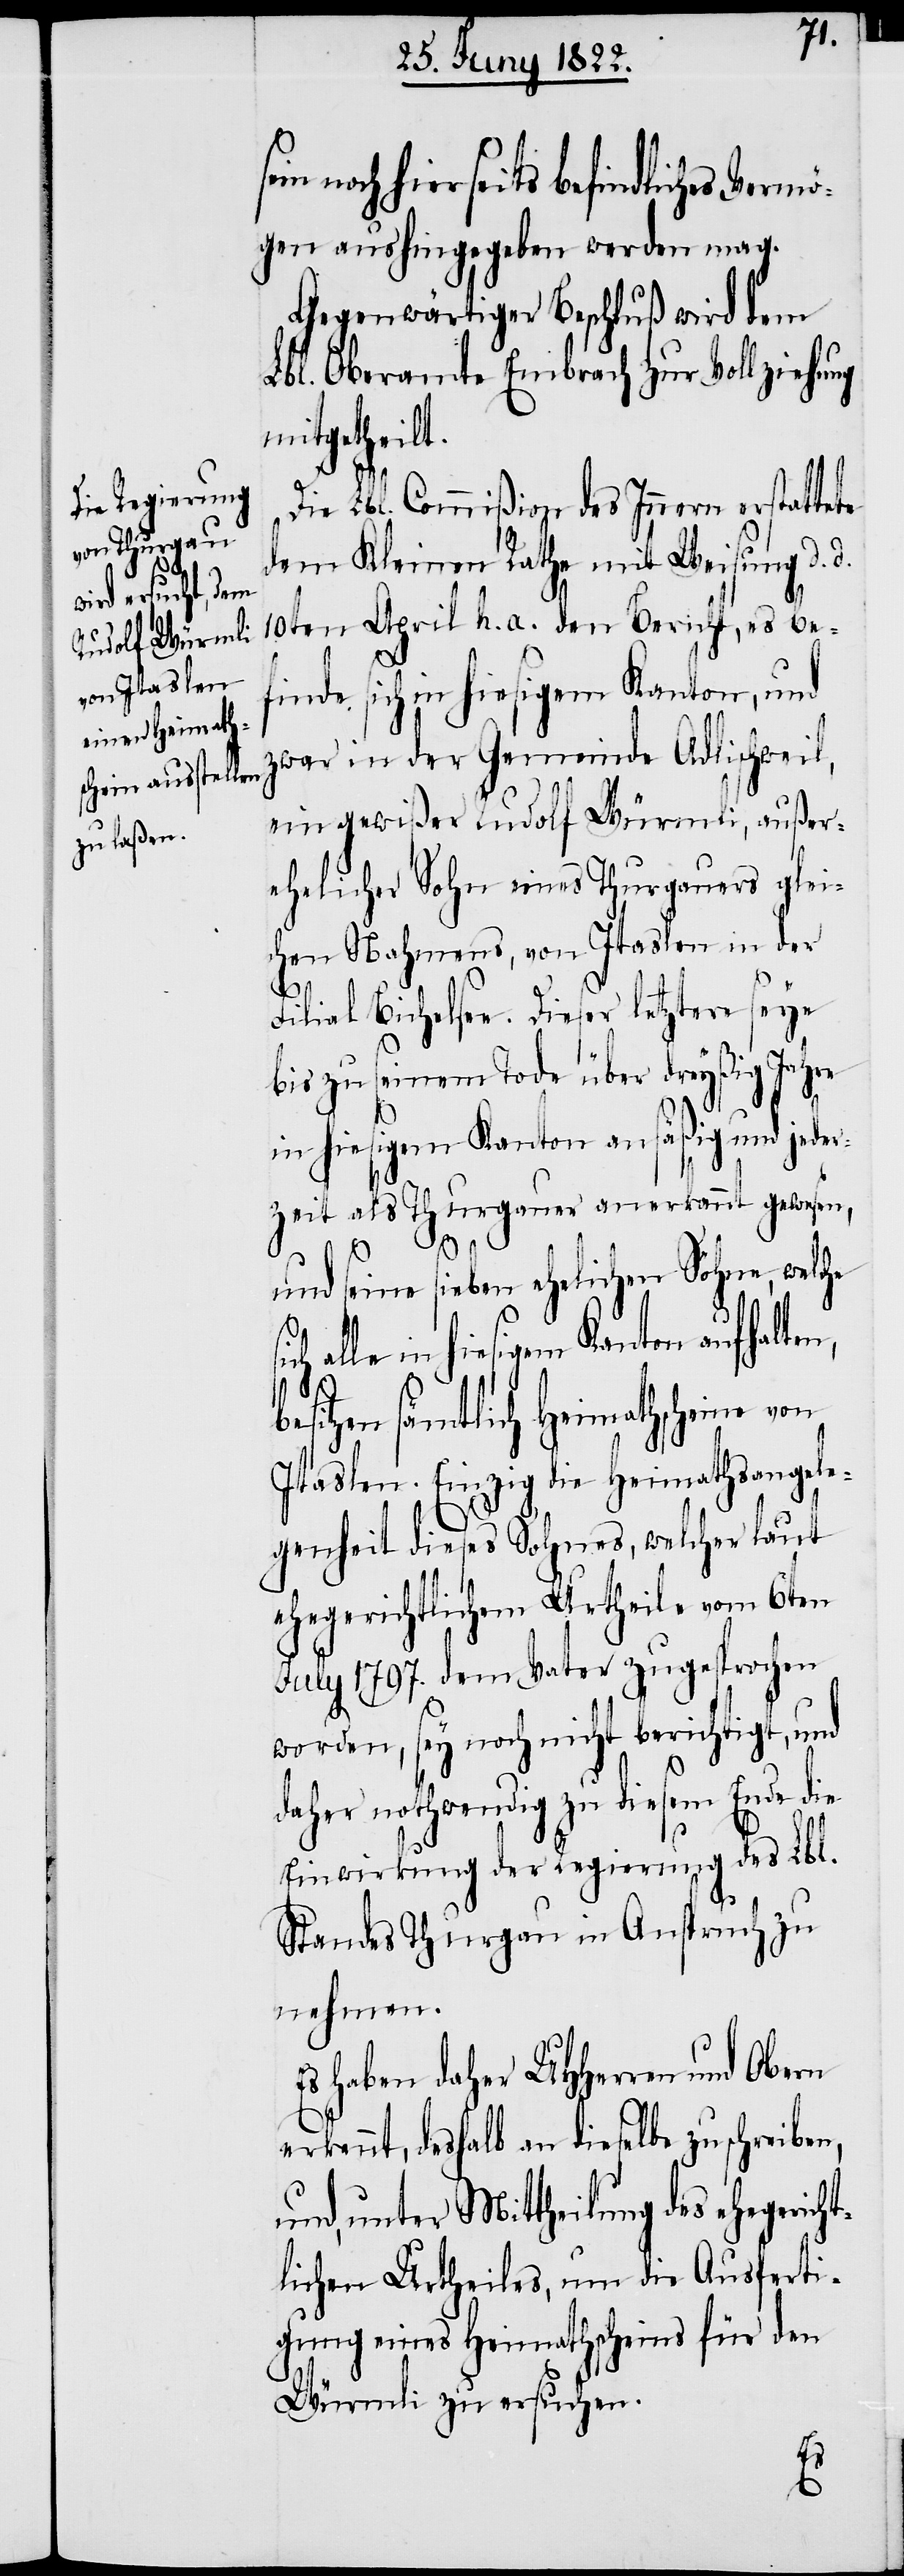
in noch hierseits befindliches Vermö¬
gen aushingegeben werden mag.
Gegenwärtiger Beschluß wird dem
Lbl. Oberamte Embrach zur Vollziehu¬
n, besit¬
Die Lbl. Commißion des Innern erstatt¬
dem Kleinen Rathe mit Weisung d. d.
10ten April h. a. den Bericht, es be¬
finde sich in hiesigem Kanton, und
zwar in der Gemeinde Adlischweil,
ein gewißer Rudolf Würmli, außer¬
ehelicher Sohn eines Thurgauers glei¬
chen Nahmens, von Itaslen in der
t.
Filial Bichelsee. Dieser letztere seye
bis zu seinem Tode über dreyßig Jahre
in hiesigem Kanton ansäßig und jeder¬
zeit als Thurgauer anerkannt gewesen,
ng
und seine sieben ehelichen Söhne, welche
in hiesigem Kanton aufhalte¬
zen sämmtlich Heimathscheine
Itaslen. Einzig die Heimathsangele¬
genheit dieses Sohnes, welcher laut
ehegerichtlichem Urtheile vom 6ten
July 1797. dem Vater zugesprochen
worden, sey noch nicht berichtigt, und
daher nothwendig zu diesem Ende die
Einwirkung der Regierung des Lbl.
Standes Thurgau in Anspruch zu
nehmen.
Es haben daher UHHerren und Obern
erkennt, deshalb an dieselbe zu schreiben,
und, unter Mittheilung des ehegerich¬
tlichen Urtheiles, um die Ausferti¬
gung eines Heimathscheins für den
Würmli zu ersuchen.
ete